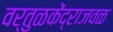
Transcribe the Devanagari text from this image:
वर्तुळकेंद्राजवळ